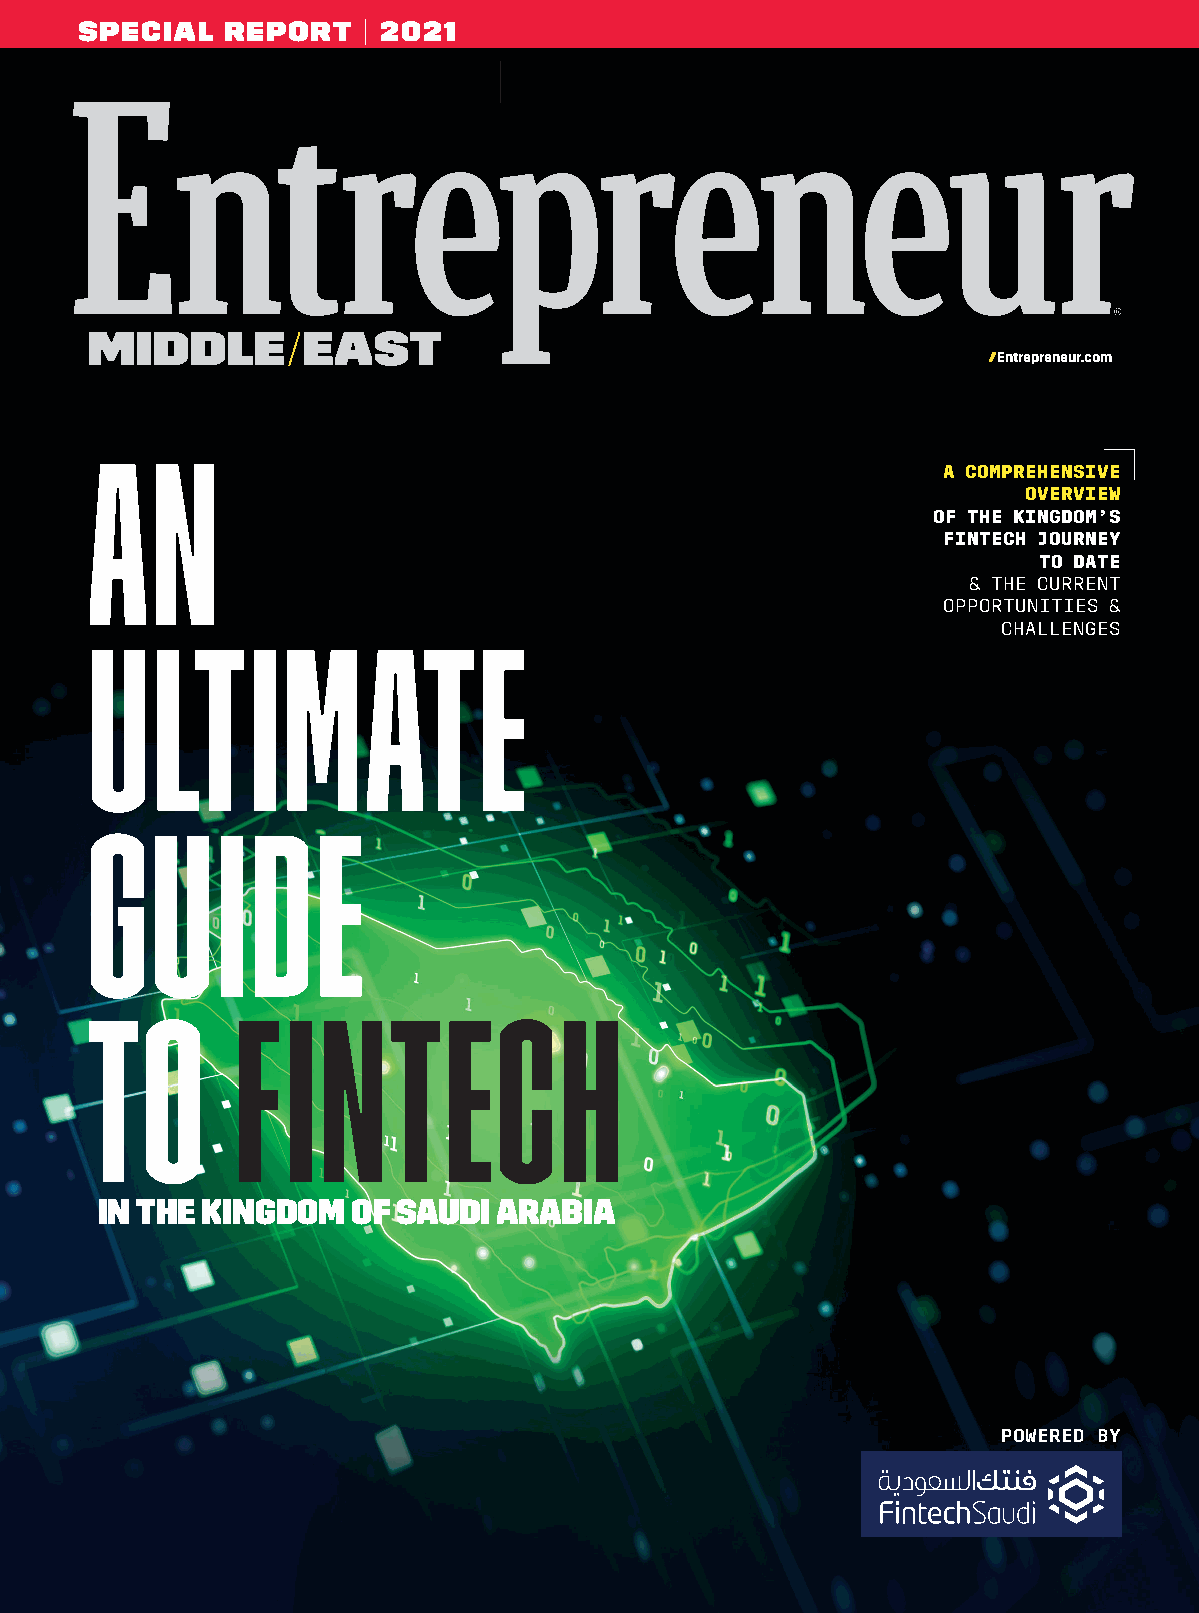
SPECIAL   REPORT   | 2021
 Entrepreneur.com
 AN
 A COMPREHENSIVE
 OVERVIEW
 OF THE KINGDOM’S
 FINTECH JOURNEY
 TO DATE
 & THE CURRENT
 OPPORTUNITIES &
 ULTIMATE
 CHALLENGES
 GUIDE
 TO        FINTECH
 IN THE KINGDOM   OF SAUDI  ARABIA
 POWERED BY